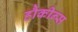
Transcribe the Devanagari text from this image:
हौकीन्स